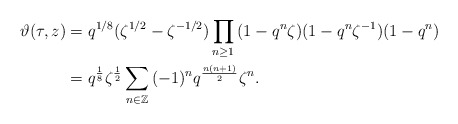
\begin{align*}\vartheta(\tau ,z)&=q^{1/8}(\zeta^{1/2}-\zeta^{-1/2})\prod_{n\ge 1}\,(1-q^{n}\zeta)(1-q^n \zeta^{-1})(1-q^n)\\{}&=q^{\frac{1}{8}}\zeta^{\frac{1}{2}}\sum_{n\in \Bbb Z}\,(-1)^nq^{\frac{n(n+1)}{2}}\zeta^{n}.\end{align*}